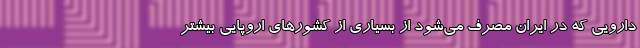
دارویی که در ایران مصرف می‌شود از بسیاری از کشورهای اروپایی بیشتر